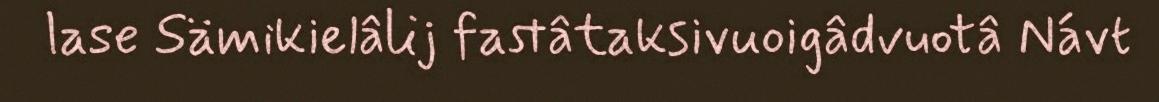
lase Sämikielâlij fastâtaksivuoigâdvuotâ Návt